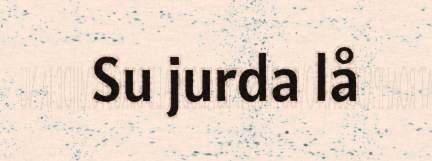
Su jurda lå